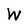
Character: W